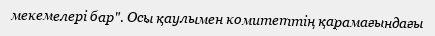
мекемелері бар". Осы қаулымен комитеттің қарамағындағы